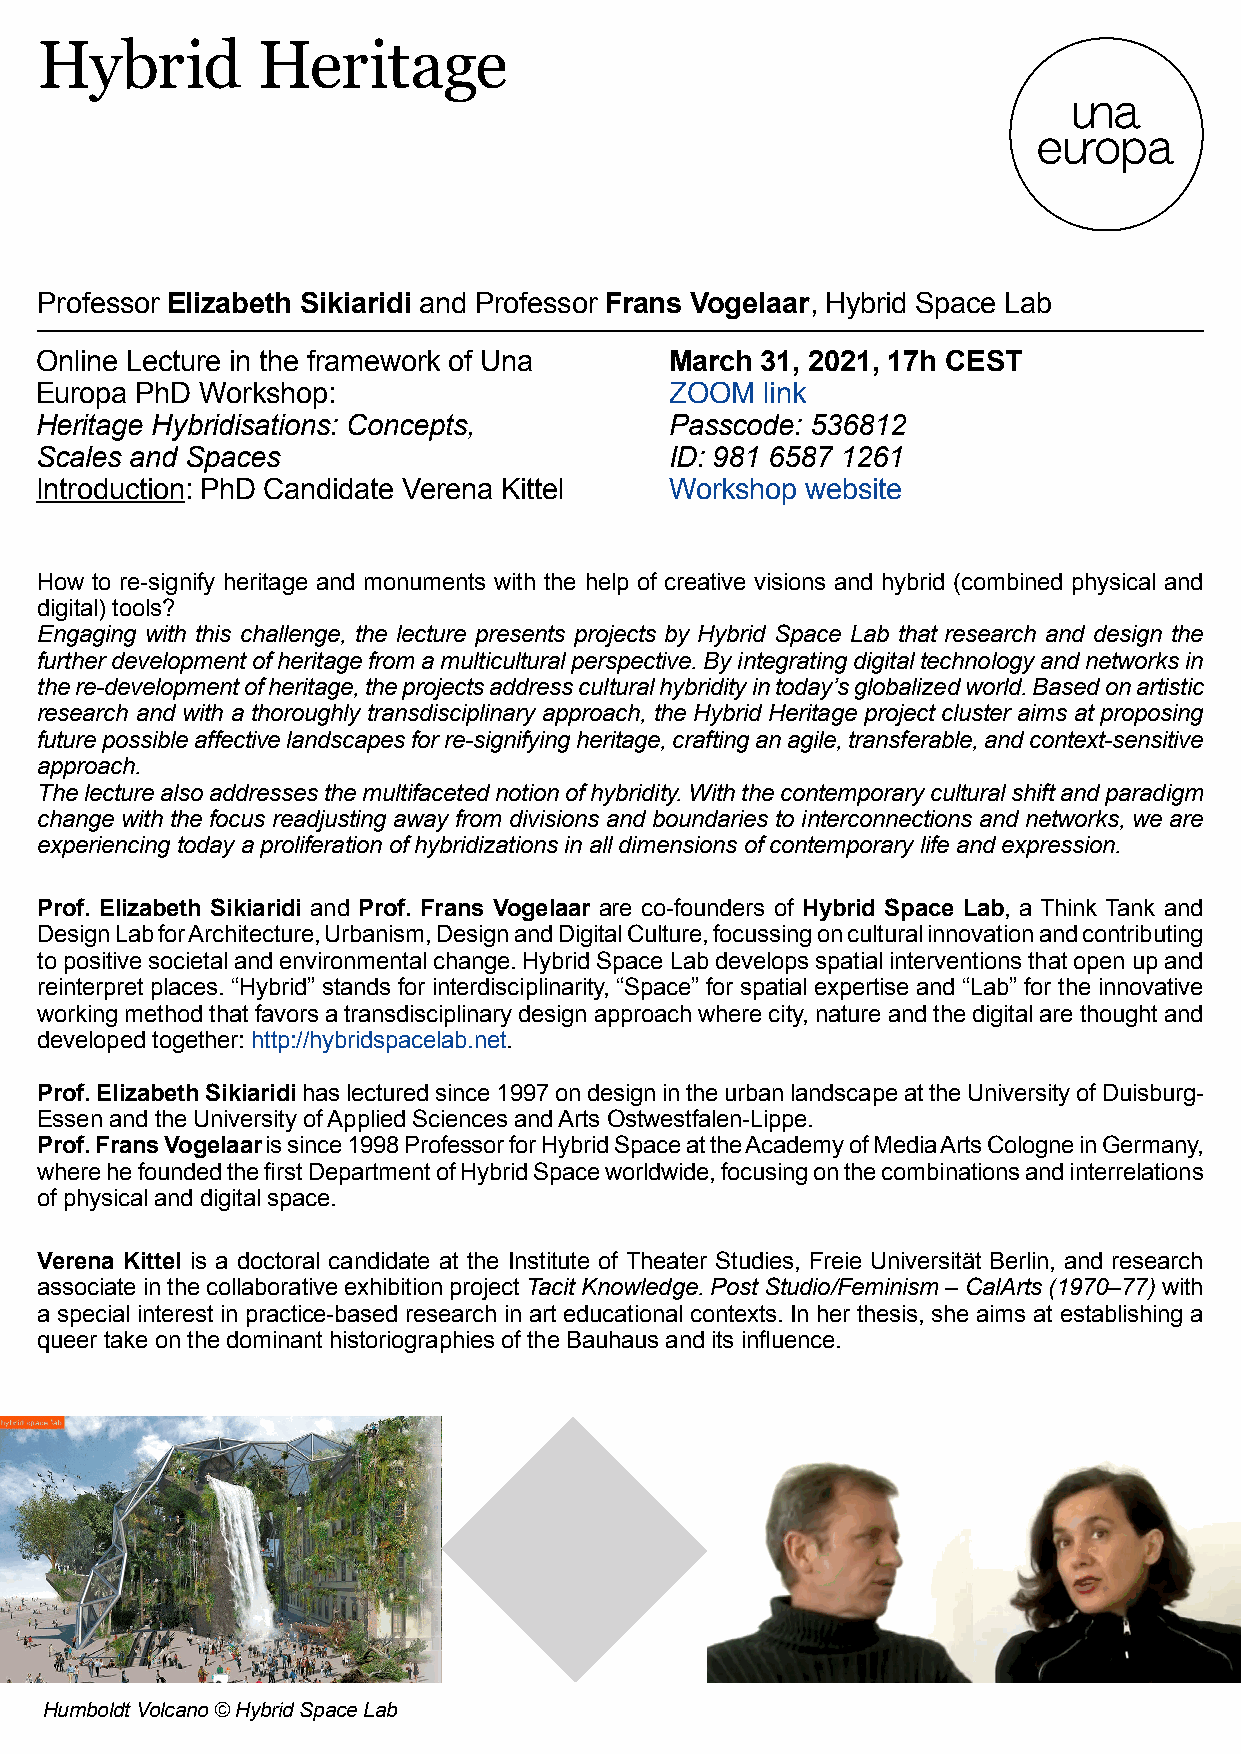
Hybrid         Heritage
 Professor Elizabeth Sikiaridi and Professor Frans Vogelaar, Hybrid Space Lab
 Online Lecture in the framework of Una    March 31, 2021, 17h CEST
 Europa PhD Workshop:                      ZOOM   link
 Heritage Hybridisations: Concepts,        Passcode: 536812
 Scales and Spaces                         ID: 981 6587 1261
 Introduction: PhD Candidate Verena Kittel Workshop website
 How to re-signify heritage and monuments with the help of creative visions and hybrid (combined physical and
 digital) tools?
 Engaging with this challenge, the lecture presents projects by Hybrid Space Lab that research and design the
 further development of heritage from a multicultural perspective. By integrating digital technology and networks in
 the re-development of heritage, the projects address cultural hybridity in today’s globalized world. Based on artistic
 research and with a thoroughly transdisciplinary approach, the Hybrid Heritage project cluster aims at proposing
 future possible affective landscapes for re-signifying heritage, crafting an agile, transferable, and context-sensitive
 approach.
 The lecture also addresses the multifaceted notion of hybridity. With the contemporary cultural shift and paradigm
 change with the focus readjusting away from divisions and boundaries to interconnections and networks, we are
 experiencing today a proliferation of hybridizations in all dimensions of contemporary life and expression.
 Prof. Elizabeth Sikiaridi and Prof. Frans Vogelaar are co-founders of Hybrid Space Lab, a Think Tank and
 Design Lab for Architecture, Urbanism, Design and Digital Culture, focussing on cultural innovation and contributing
 to positive societal and environmental change. Hybrid Space Lab develops spatial interventions that open up and
 reinterpret places. “Hybrid” stands for interdisciplinarity, “Space” for spatial expertise and “Lab” for the innovative
 working method that favors a transdisciplinary design approach where city, nature and the digital are thought and
 developed together: http://hybridspacelab.net.
 Prof. Elizabeth Sikiaridi has lectured since 1997 on design in the urban landscape at the University of Duisburg-
 Essen and the University of Applied Sciences and Arts Ostwestfalen-Lippe.
 Prof. Frans Vogelaar is since 1998 Professor for Hybrid Space at the Academy of Media Arts Cologne in Germany,
 where he founded the first Department of Hybrid Space worldwide, focusing on the combinations and interrelations
 of physical and digital space.
 Verena Kittel is a doctoral candidate at the Institute of Theater Studies, Freie Universität Berlin, and research
 associate in the collaborative exhibition project Tacit Knowledge. Post Studio/Feminism – CalArts (1970–77) with
 a special interest in practice-based research in art educational contexts. In her thesis, she aims at establishing a
 queer take on the dominant historiographies of the Bauhaus and its influence.
 Humboldt Volcano © Hybrid Space Lab